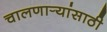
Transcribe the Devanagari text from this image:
चालणार्‍यांसाठी